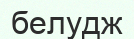
белудж